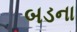
બડના